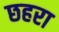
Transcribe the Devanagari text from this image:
छहरा